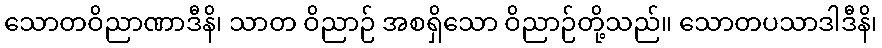
သောတဝိညာဏာဒီနိ၊ သာတ ဝိညာဉ် အစရှိသော ဝိညာဉ်တို့သည်။ သောတပသာဒါဒီနိ၊